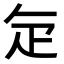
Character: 𭻾